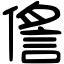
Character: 㑾